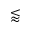
\lessapprox